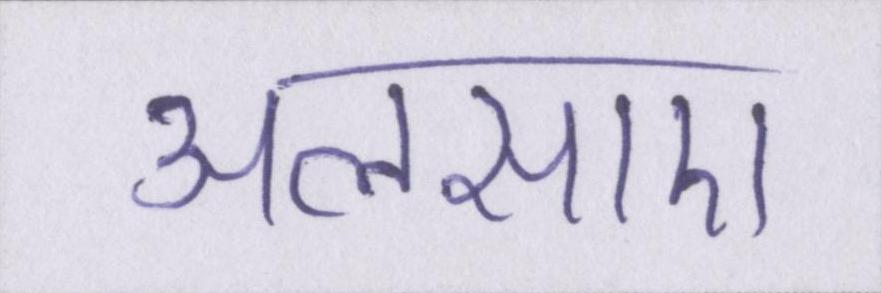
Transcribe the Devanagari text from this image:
अलसाए